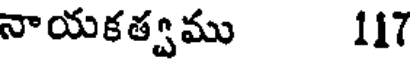
నాయకత్వము 117